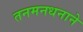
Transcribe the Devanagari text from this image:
तनमनधनाने